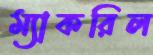
ম্যাকরিল